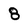
Character: 8